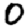
Digit: 0